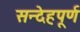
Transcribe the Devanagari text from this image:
सन्देहपूर्ण